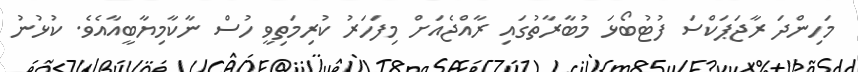
މަހިންދަ ރާޖަޕަކްސަ ފުޓުބޯޅަ މުބާރާތުގައި ރާއްޖެއަށް މިފަހަރު ކުރިމަތިވީ ހުސް ނާކާމިޔާބީއާއެވެ. ކުޅުނު